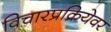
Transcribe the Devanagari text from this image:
विचारप्रक्रियेवर